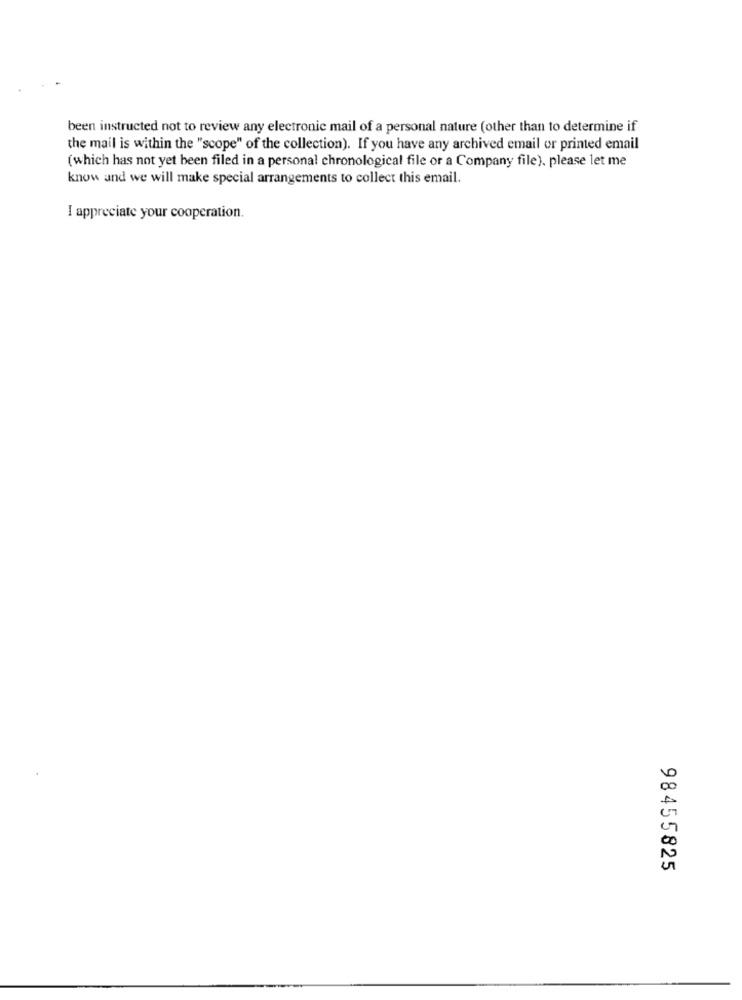
been instructed not to review any electronic mail of a personal nature (other than to determine if
the mail is within the "scope" of the collection). If you have any archived email or printed email
(which has not yet been filed in a personal chronological file or a Company file), please let me
know and we will make special arrangements to collect this email.
I appreciate your cooperation.
98455825